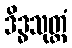
ဒိဒ္ဓသုတ္တံ